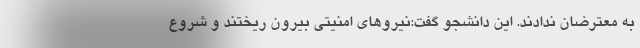
به معترضان ندادند. این دانشجو گفت:نیروهای امنیتی بیرون ریختند و شروع